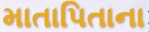
માતાપિતાના